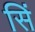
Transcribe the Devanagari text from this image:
सिं